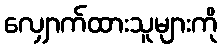
လျှောက်ထားသူများကို